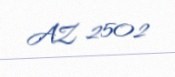
AZ 2502